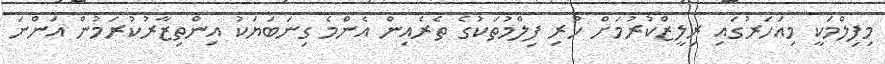
މިފިލްމަކީ މިއަހަރުގައި ރިލީޒްކުރުމަށް ހުރި ފިލްމުތަކުގެ ތެރެއިން އެންމެ ގިނަބަޔަކު އިންތިޒާރުކުރަމުން އަންނަ